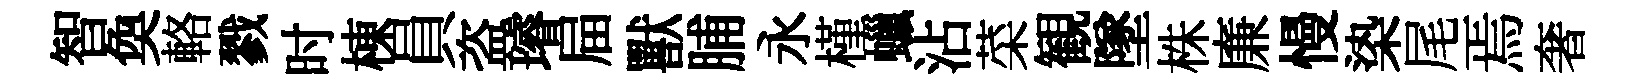
智奐輅戮时棟員盗璿屇獸脯永槿蠟沾菜観墜株廉慢𣑱尾焉奢